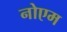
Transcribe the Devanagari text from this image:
नोएम